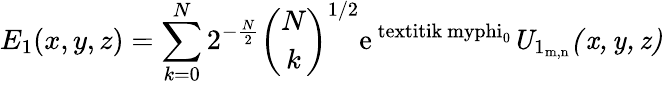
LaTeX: E_{1}(x,y,z)=\sum_{k=0}^{N}2^{-\frac{N}{2}}{\binom{N}{k}}^{1/2}\mathrm{{e}^{\ textit{ik}\ myphi_{\mathrm{{0}}}}\mathit{U_{\mathrm{{1}_{m,n}}}(x,y,z)}}